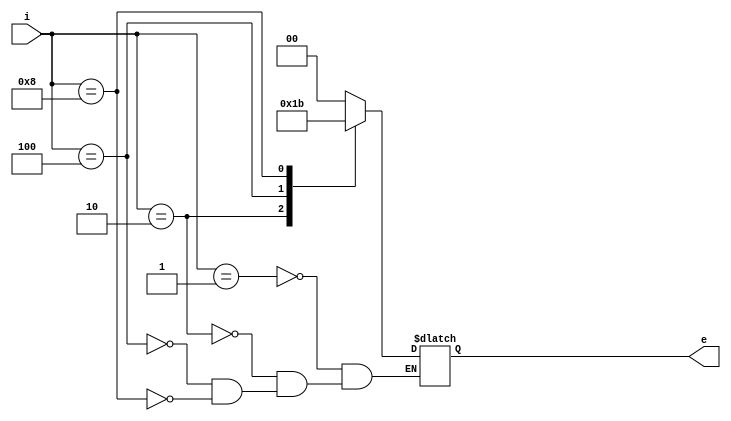
module encoder_4to2_case(i, e);
	input [3:0] i;
	output [1:0] e;
	reg [1:0] e;
	
	always @(*) begin
	case(i)
	4'b0001: e = 2'b00;
	4'b0010: e = 2'b01;
	4'b0100: e = 2'b10;
	4'b1000: e = 2'b11;
	endcase
	end
endmodule